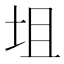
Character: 坥